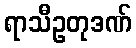
ရာသီဥတုဒဏ်